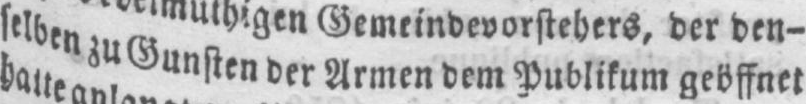
selben zu Gunsten der Armen dem Publikum geöffnet